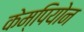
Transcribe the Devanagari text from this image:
केम्पियोन